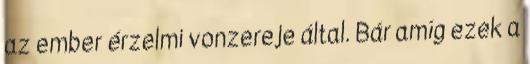
az ember érzelmi vonzereje által. Bár amíg ezek a